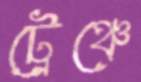
ট্রেঞ্চে